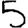
Digit: 5